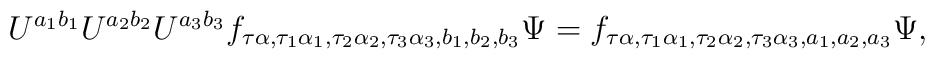
U^{a_1b_1} U^{a_2b_2}U^{a_3b_3}f_{\tau \alpha,\tau_1 \alpha_1,\tau_2\alpha_2, \tau_3 \alpha_3,b_1,b_2,b_3}\Psi= f_{\tau \alpha,\tau_1 \alpha_1,\tau_2 \alpha_2,\tau_3 \alpha_3,a_1,a_2,a_3} \Psi,